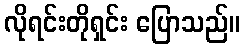
လိုရင်းတိုရှင်း ပြောသည်။